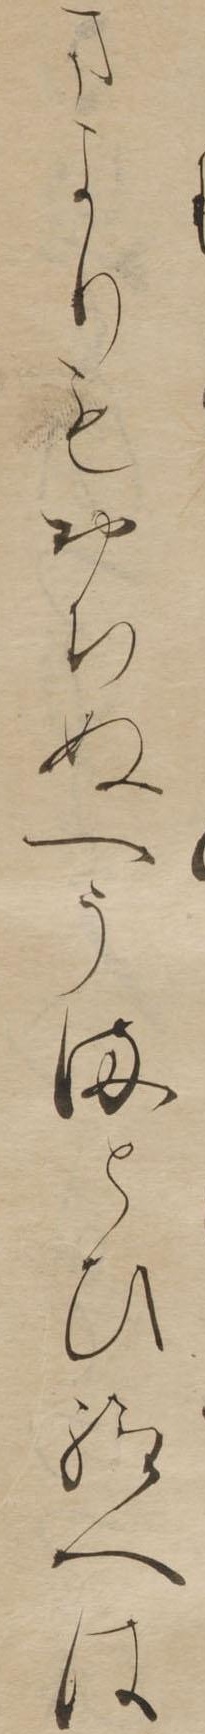
まよりもおちぬへうまとひ給へは